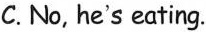
C. No, he's eating.